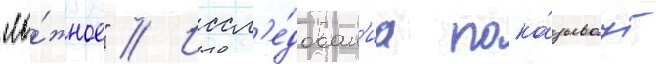
"ло́жное" // Иссл'е́дован'иа пока́зываут